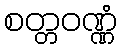
စတ္တဝဏ္ဏံ